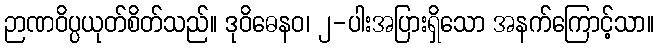
ဉာဏဝိပ္ပယုတ်စိတ်သည်။ ဒုဝိဓေနဝ၊ ၂-ပါးအပြားရှိသော အနက်ကြောင့်သာ။